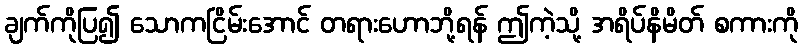
ချက်ကိုပြ၍ သောကငြိမ်းအောင် တရားဟောဘို့ရန် ဤကဲ့သို့ အရိပ်နိမိတ် စကားကို